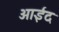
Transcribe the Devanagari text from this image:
आईंद